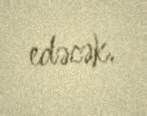
edəcək.